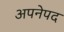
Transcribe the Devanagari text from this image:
अपनेपद